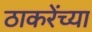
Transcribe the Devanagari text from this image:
ठाकरेंच्या